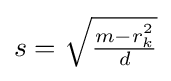
s={\sqrt {\tfrac {m-r_{k}^{2}}{d}}}